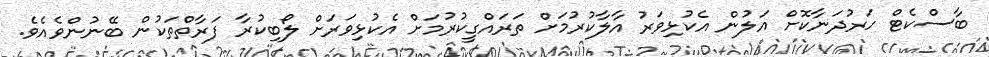
ބާސްކެޓް ހަރުދަނާކޮށް އަލުން އެކުޅިވަރު އާލާކުރުމަށް ތަރައްގީކުރުމަށް އެކުޅިވަރަށް ލޯބިކުރާ ފަރާތްތަކުން ބޭނުންވެއެވެ.